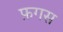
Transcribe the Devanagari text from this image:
फ़गस